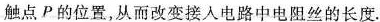
触点P的位置，从而改变接人电路中电阻丝的长度。